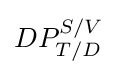
DP_{T/D}^{S/V}